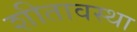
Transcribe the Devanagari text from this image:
शीतावस्था